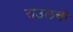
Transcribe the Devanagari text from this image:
राउलची